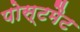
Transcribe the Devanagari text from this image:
पोस्टमैट